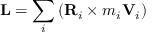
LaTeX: \mathbf { L } = \sum _ { i } \left( \mathbf { R } _ { i } \times m _ { i } \mathbf { V } _ { i } \right)